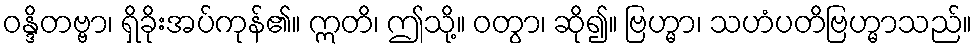
ဝန္ဒိတဗ္ဗာ၊ ရှိခိုးအပ်ကုန်၏။ ဣတိ၊ ဤသို့။ ဝတွာ၊ ဆို၍။ ဗြဟ္မာ၊ သဟံပတိဗြဟ္မာသည်။